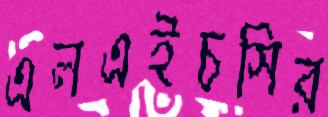
এলএইচসির